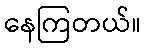
နေကြတယ်။